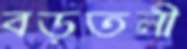
বড়তলী